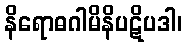
နိရောဓဂါမိနိပဋိပဒါ၊